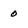
Character: 0